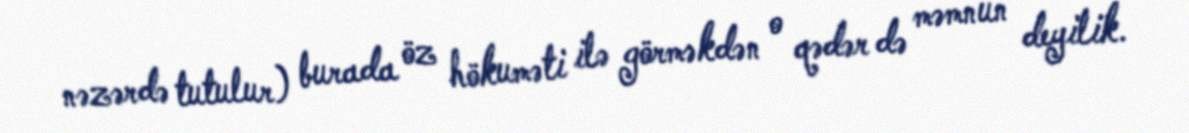
nəzərdə tutulur) burada öz hökuməti ilə görməkdən o qədər də məmnun deyilik.